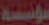
مؤسسة